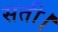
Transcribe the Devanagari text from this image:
सती।